Civil Veterinary Department. United Provinces 1923-31 - 1923-1931
Year: 1923
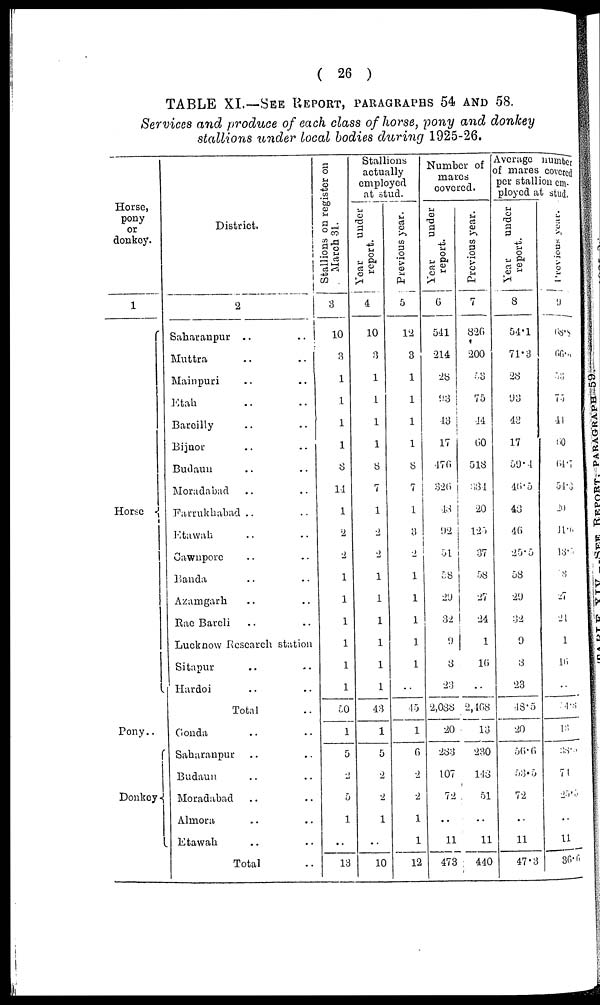
( 26 )
TABLE XI.—SEE REPORT, PARAGRAPHS 54 AND 58.
Services and produce of each class of horse, pony and donkey
stallions under local bodies during 1925-26.
Horse,
pony
or
donkey.
1
Horse
Pony ..
Donkey
District.
2
Saharanpur
.. ..
Muttra
..
..
Mainpuri .. ..
Etah .. ..
Bareilly .. ..
Bijnor .. ..
Budaun .. ..
Moradabad .. ..
Farrukhabad .. ..
Etawah .. ..
Cawnpore .. ..
Banda .. ..
Azamgarh .. ..
Rae Bareli .. ..
Lucknow Research station
Sitapur .. ..
Hardoi .. ..
Total ..
Gonda .. ..
Saharanpur .. ..
Budaun .. ..
Moradabad .. ..
Almora .. ..
Etawah .. ..
Total ..
Stallions on register on
March 31.
3
10
3
1
1
1
1
8
14
1
2
2
1
1
1
1
1
1
50
1
5
2
5
1
..
13
Stallions
actually
employed
at stud.
Year
under
report.
4
10
3
1
1
1
1
8
7
1
2
2
1
1
1
1
1
1
43
1
5
2
2
1
..
10
Previous
year.
5
12
3
1
1
1
1
8
7
1
3
2
1
1
1
1
1
..
45
1
6
2
2
1
1
12
Number of
mares
covered.
Year
under
report.
6
541
214
28
93
43
17
476
326
43
92
51
58
29
32
9
8
23
2,088
20
283
107
72
..
11
473
Previous year.
7
826
200
53
75
44
60
518
334
20
125
37
58
27
24
1
16
..
2,108
13
230
148
51
..
11
440
Average number
of mares covered
per stallion em-
ployed at stud.
Year
under
report.
8
54.1
71.3
28
93
43
17
59.4
46.5
43
40
25.5
58
29
32
9
3
23
48.5
20
56.6
53.5
72
..
11
47.3
Previous year.
9
68.9
66.6
53
75
44
60
64.7
54.8
20
41.6
13.4
8
27
24
1
16
..
4.8
43
33.5
71
25.5
..
11
36.6